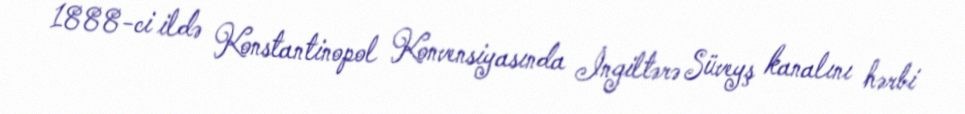
1888-ci ildə Konstantinopol Konvensiyasında İngiltərə Süveyş kanalını hərbi